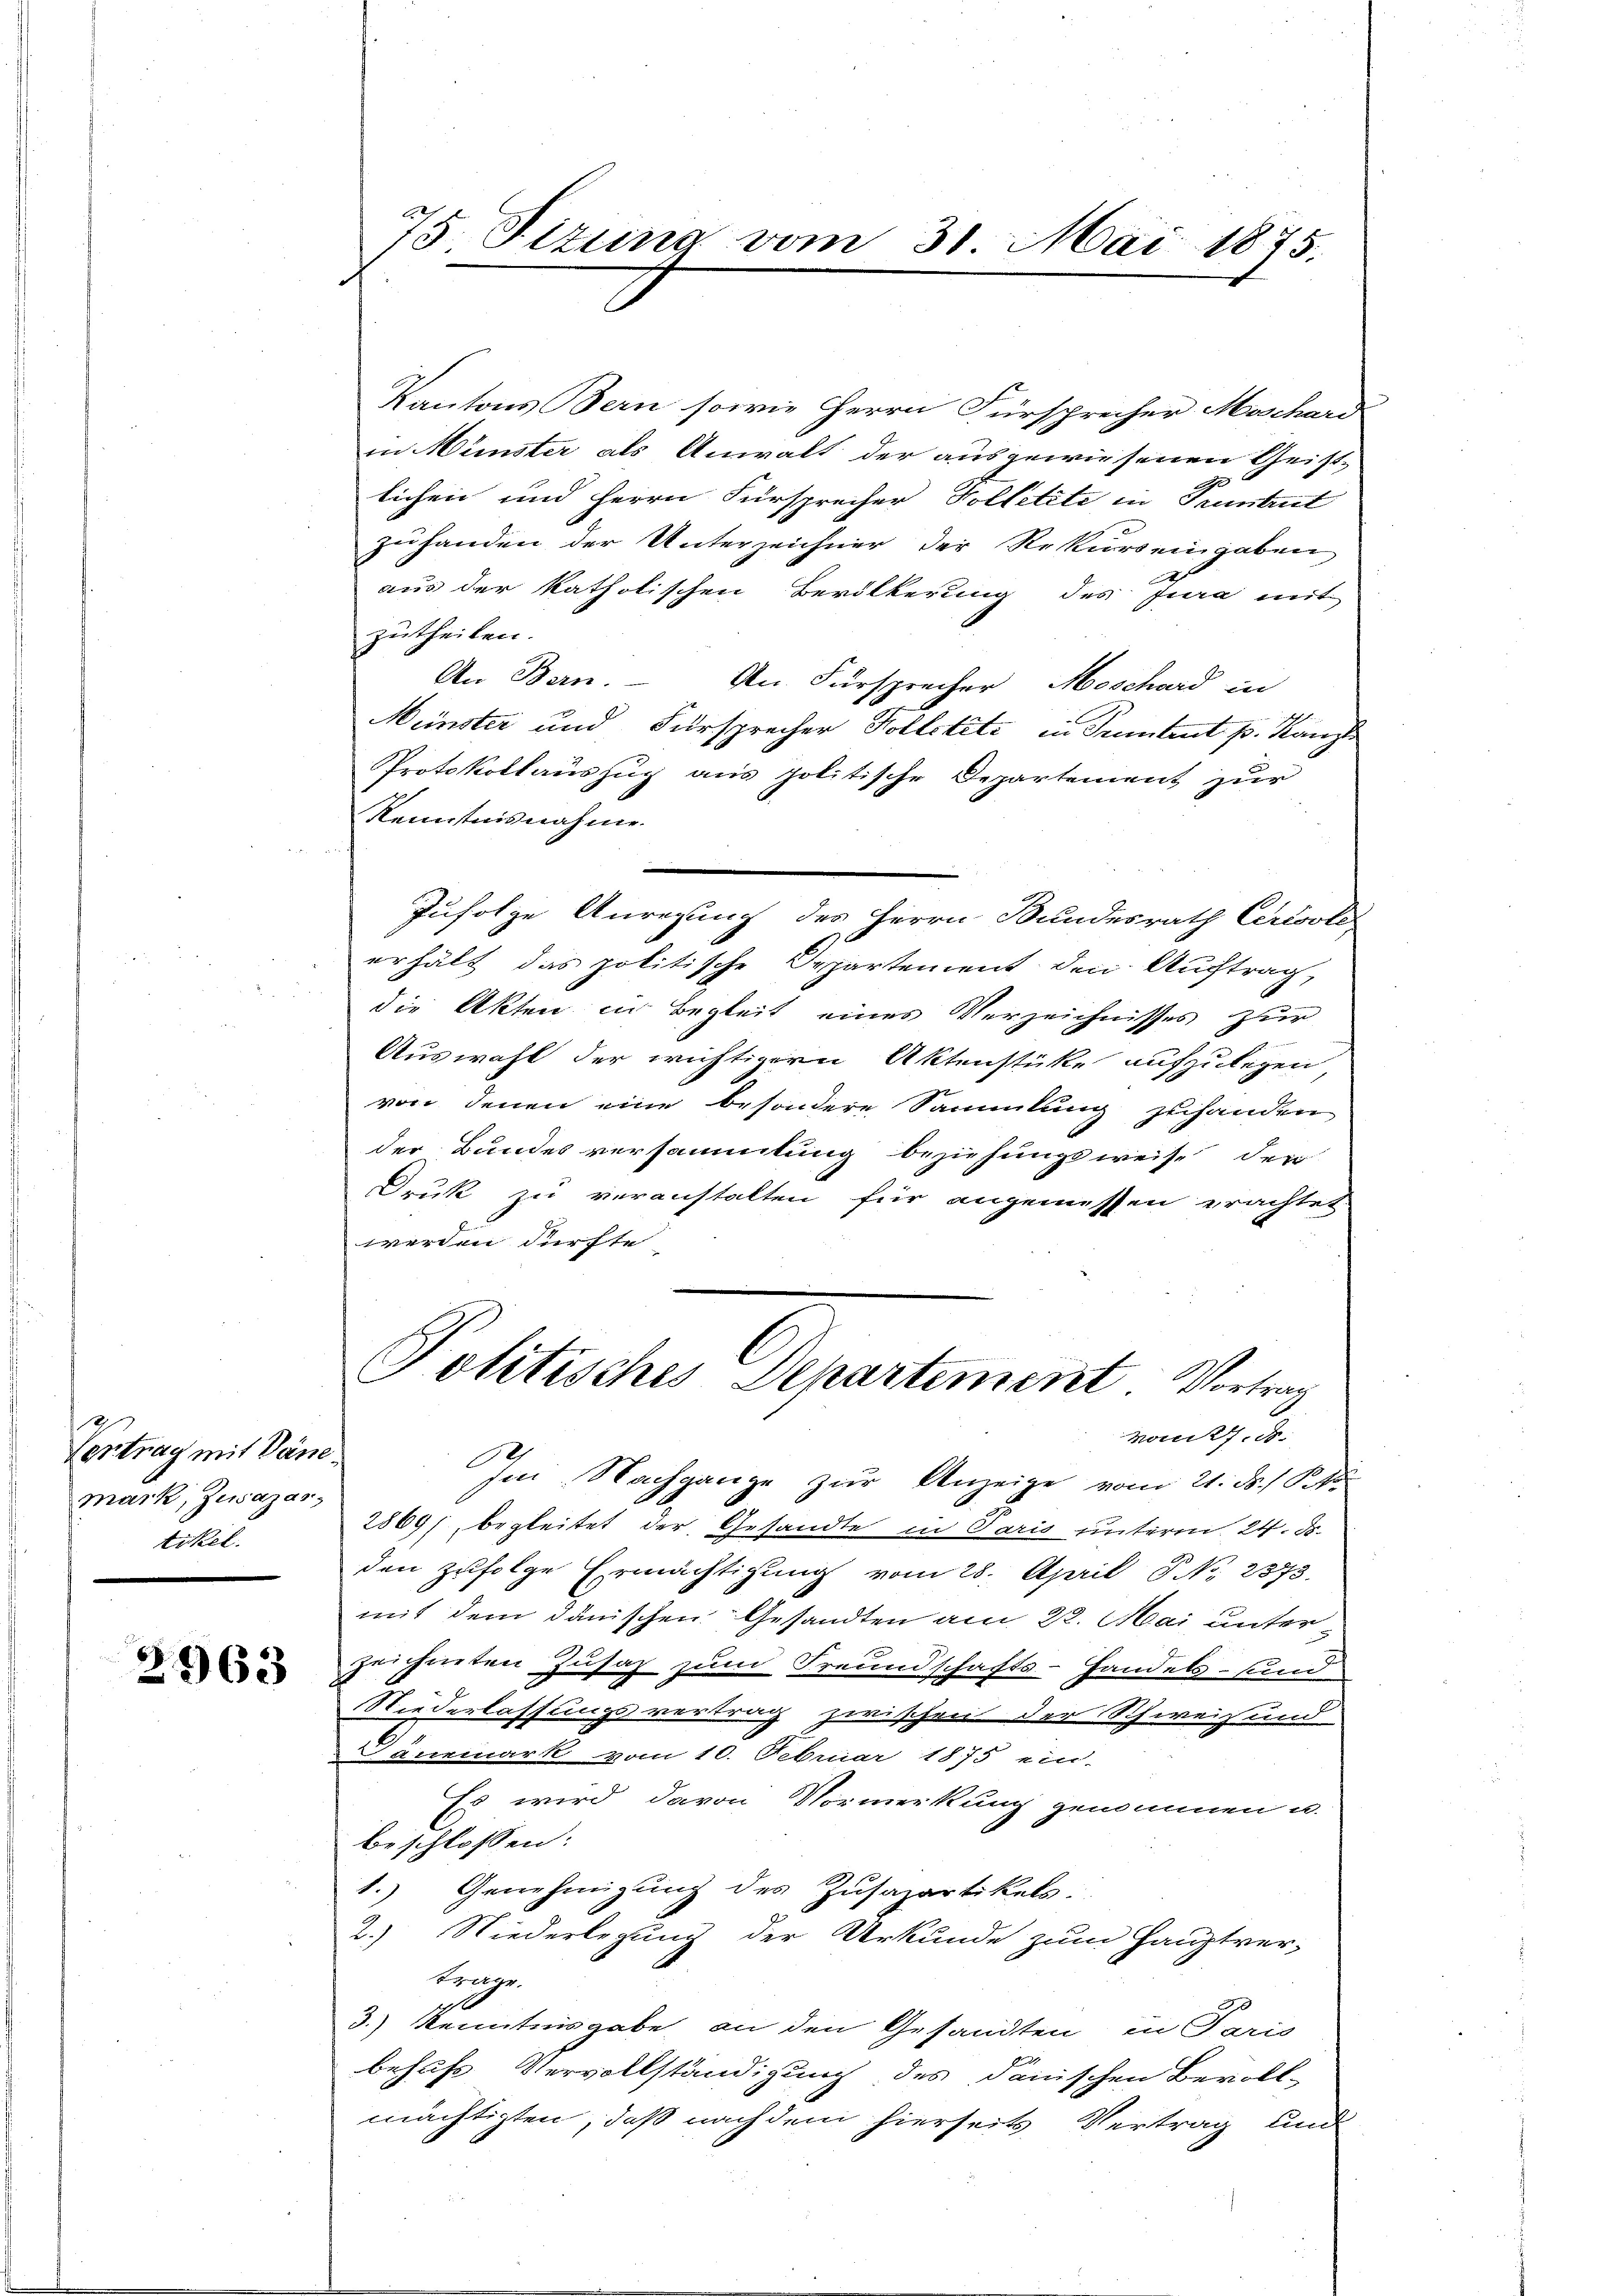
Vertrag mit Dane
mark, Zusagas,
tikel.

2963

Kantons Bern sowie Herrn Fürsprecher Maschard
in Münster als Anwalt der ausgewiesenen Geist-
lichen und Herrn Fürsprecher Volletete in Pruntrut
zuhanden der Unterzeichner der Rekurs eingaben,
aus der katholischen Bevölkerung des Jura mit
zutheilen.
An Bern. An Fürsprecher Meschard in
Münster und Fürsprecher Kollotité in Petent p. Kanz
Protokollauszug aus politische Departement zur
Kenntnisnahme
Zufolge Anregung des Herrn Bundesrath Certsold
erhält das politische Departement den Auftrag,
die Akten in Begleit eines Verzeichnisses zur
Auswahl der wichtigern Aktenstücke aufzulegen
von denen eine besondere Sammlung zuhanden
der Bundes versammlung beziehungsweise der
Druk zu veranstalten für angemessen erachtet
werden dürfte
Politisches Departement. Vortrag
Mons. S.
Im Nachgange zur Anzeige vom 21. ds. S. 1
2869), begleitet der Gesandte in Paris unterm 24. d.
den zufolge Ermächtigung vom 28. April 8. No. 2373.
mit dem dänischen Gesandten am 22. Mai unter
zeichneten Zusatz zum Freundschafts-Handels- sind
Niederlassungsvertrag zwischen der Schweiz und
Dänemark vom 10. Februar 1875 ein-
Es wird davon Vormerkung genommen u.
beschlossen:
1.) Genehmigung des Zusapartikels.
2.) Niederlegung der Urkunde zum Hauptver-
krage.
3.) Kenntnisgabe an den Gesandten, in Paris
behufs Vervollständigung des danischen Bevoll-
mächtigten, daß nachdem hierseits Vertrag und

75 Sizung vom 31. Mai 1875.